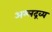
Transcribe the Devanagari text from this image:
अम्लद्रव्य